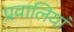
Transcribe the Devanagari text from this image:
प्रवालियां